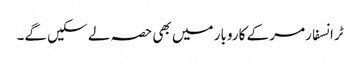
ٹرانسفارمر کے کاروبار میں بھی حصہ لے سکیں گے۔